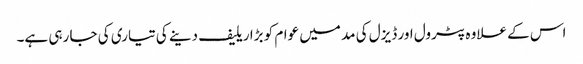
اس کے علاوہ پٹرول اور ڈیزل کی مد میں عوام کو بڑا ریلیف دینے کی تیاری کی جا رہی ہے۔